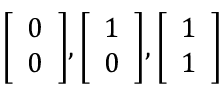
{ \left[ \begin{array} { l } { 0 } \\ { 0 } \end{array} \right] } , { \left[ \begin{array} { l } { 1 } \\ { 0 } \end{array} \right] } , { \left[ \begin{array} { l } { 1 } \\ { 1 } \end{array} \right] }